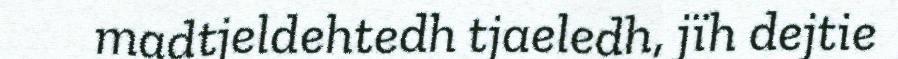
madtjeldehtedh tjaeledh, jïh dejtie